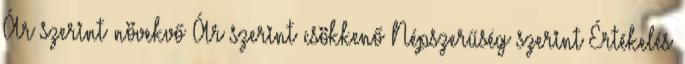
Ár szerint növekvő Ár szerint csökkenő Népszerűség szerint Értékelés